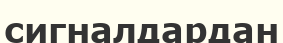
сигналдардан